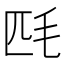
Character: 𣬮